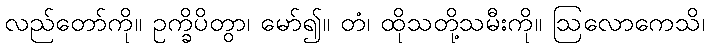
လည်တော်ကို။ ဥက္ခိပိတွာ၊ မော်၍။ တံ၊ ထိုသတို့သမီးကို။ ဩလောကေသိ၊